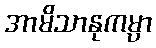
အာမိသာနုကမ္ပာ